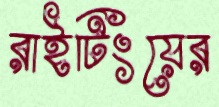
রাইটিংয়ের